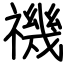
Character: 禨